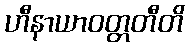
ဟီနာယာဝတ္တတီတိ